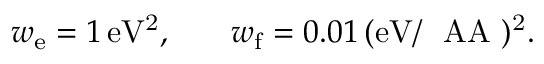
\begin{array} { r l r } { w _ { \mathrm { e } } = 1 \, \mathrm { e V ^ { 2 } } , } & { { } } & { w _ { \mathrm { f } } = 0 . 0 1 \, \mathrm { ( e V / \mathrm { ~ \ A A ~ } ) ^ { 2 } } . } \end{array}